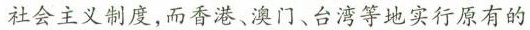
社会主义制度，而香港、澳门、台湾等地实行原有的